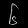
Digit: ၆